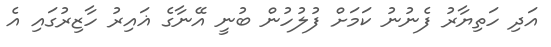
އަދި ހަތިޔާރު ފެނުނު ކަމަށް ފުލުހުން ބުނީ އޭނާގެ ޣައިރު ހާޒިރުގައި އެ